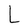
Character: L